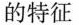
的特征